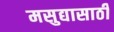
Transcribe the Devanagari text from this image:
मसुद्यासाठी